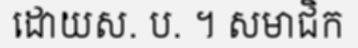
ដោយស. ប. ។ សមាជិក